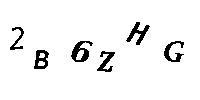
2B6ZHG